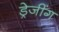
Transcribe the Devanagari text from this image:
ड्रेजींग